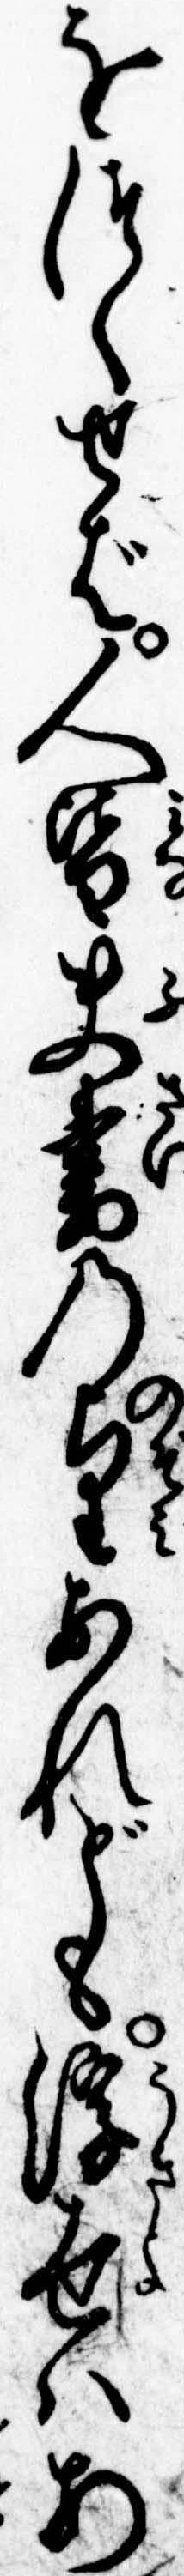
をつくせば人皆夫妻の望あれども浮世はあ